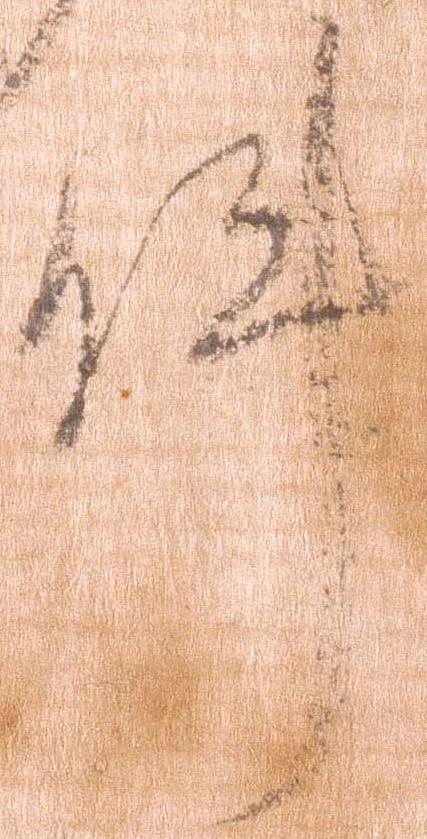
件